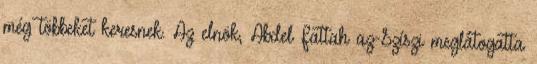
még többeket keresnek. Az elnök, Abdel Fattah az-Szíszi meglátogatta